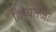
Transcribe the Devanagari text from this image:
दिव्यतेजः